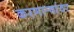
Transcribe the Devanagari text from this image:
करणार्‍यांवर